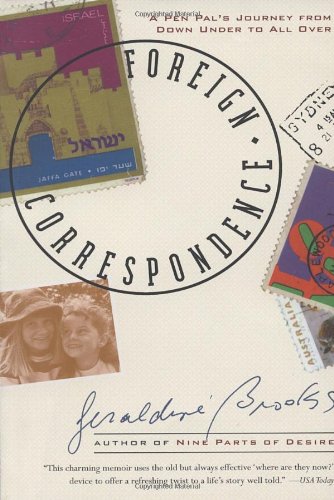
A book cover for Foreign Correspondence: A Pen Pal's Journey from Down Under to All Over; Geraldine Brooks; Biographies & Memoirs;